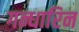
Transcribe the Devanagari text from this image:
गन्धारिन